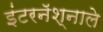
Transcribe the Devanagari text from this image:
इंटरनॅश्नाले